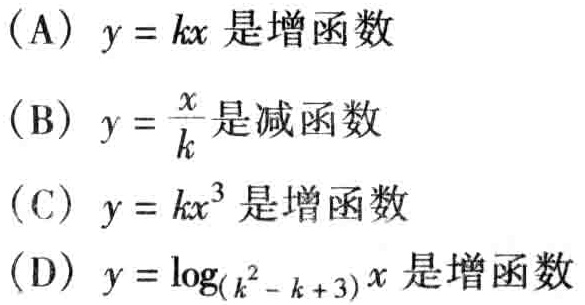
(A) \(y = kx\) 是增函数
(B) \(y = \frac{x}{k}\) 是减函数
(C) \(y = kx^{3}\) 是增函数
(D) \(y = \log_{(k^{2}-k + 3)}x\) 是增函数